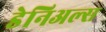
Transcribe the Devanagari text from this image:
डेनिअल्स